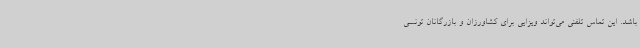
باشد. این تماس تلفنی می‌تواند ویزایی برای کشاورزان و بازرگانان تونسی